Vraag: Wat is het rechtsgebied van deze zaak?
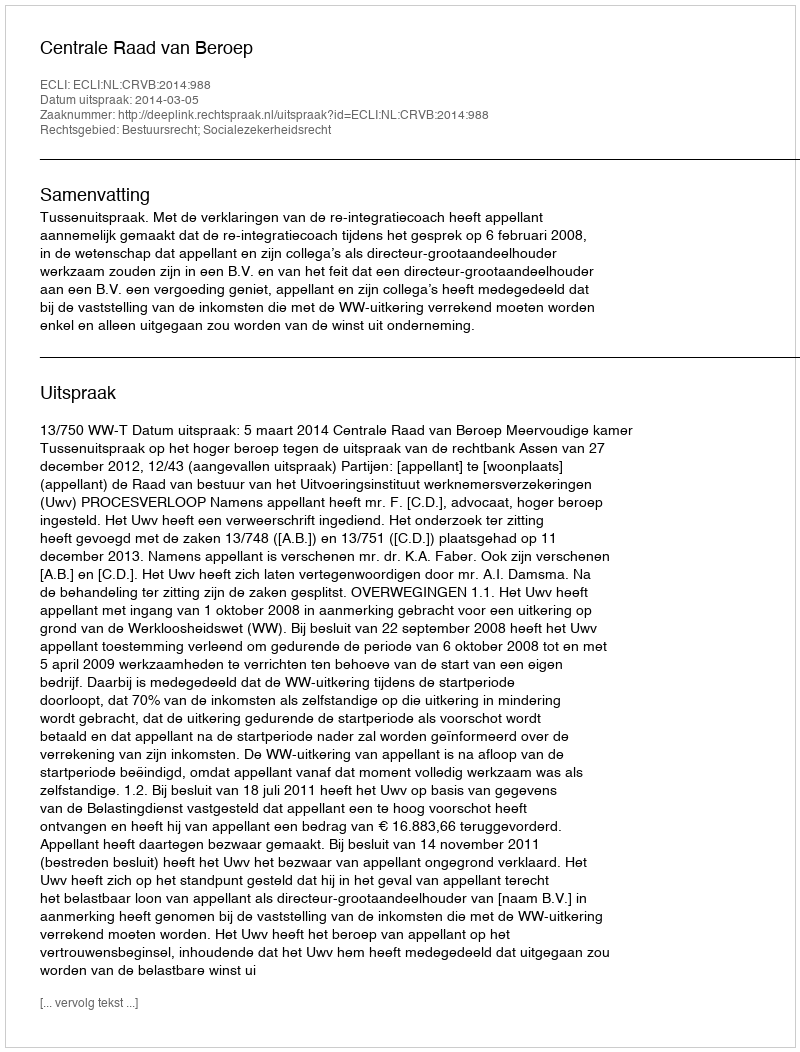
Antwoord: Bestuursrecht; Socialezekerheidsrecht